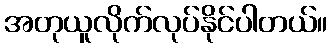
အတုယူလိုက်လုပ်နိုင်ပါတယ်။